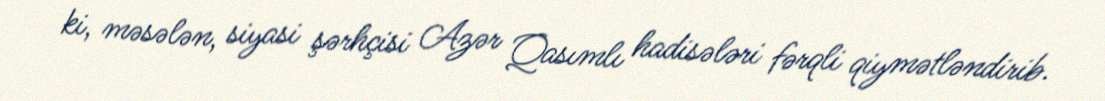
ki, məsələn, siyasi şərhçisi Azər Qasımlı hadisələri fərqli qiymətləndirib.